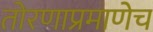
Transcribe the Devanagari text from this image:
तोरणाप्रमाणेच